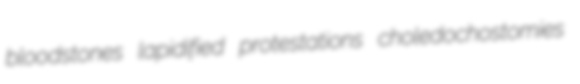
bloodstones lapidified protestations choledochostomies